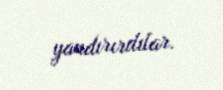
yandırırdılar.